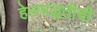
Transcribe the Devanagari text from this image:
हेलपद्धतीची